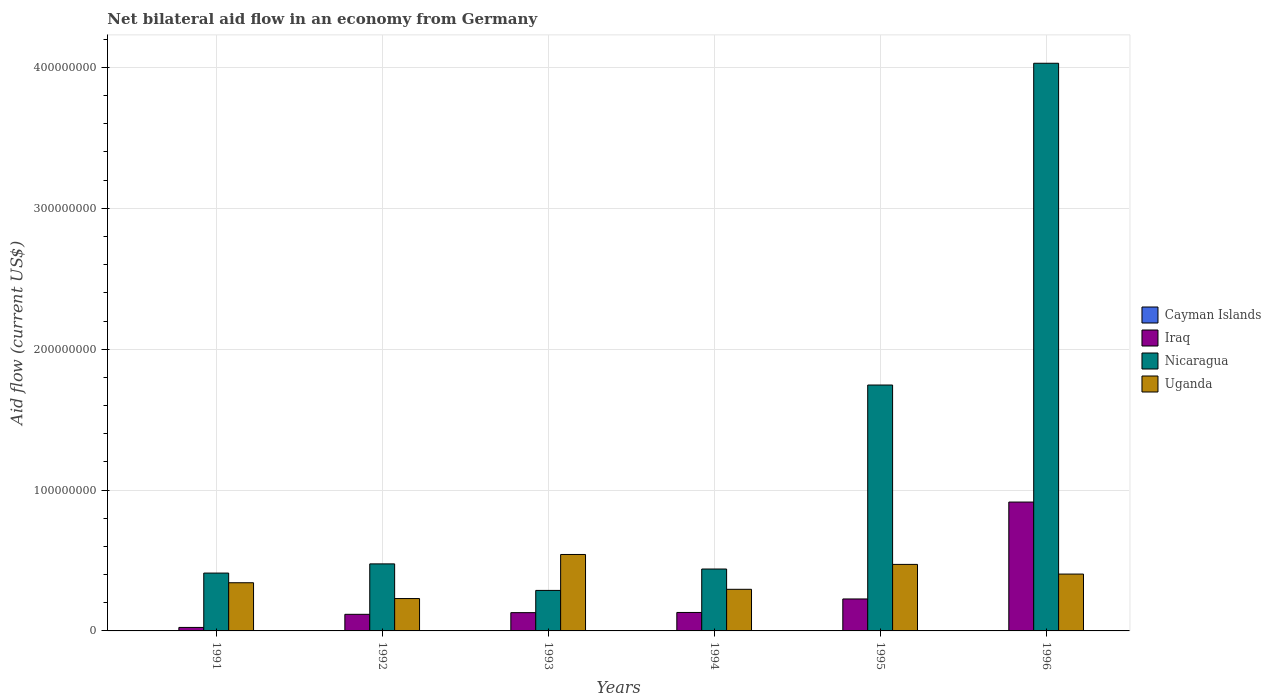
| Years | Cayman Islands | Iraq | Nicaragua | Uganda |
 | --- | --- | --- | --- | --- |
 | 1991 | -6.2e+05 | 2.48e+06 | 4.11e+07 | 3.42e+07 |
 | 1992 | -1.21e+06 | 1.18e+07 | 4.76e+07 | 2.3e+07 |
 | 1993 | -1.14e+06 | 1.3e+07 | 2.88e+07 | 5.43e+07 |
 | 1994 | -1.16e+06 | 1.31e+07 | 4.39e+07 | 2.95e+07 |
 | 1995 | -6.6e+05 | 2.27e+07 | 1.75e+08 | 4.72e+07 |
 | 1996 | -1.99e+06 | 9.15e+07 | 4.03e+08 | 4.04e+07 |